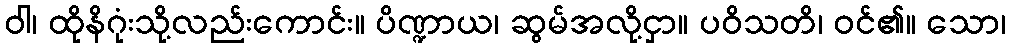
ဝါ၊ ထိုနိဂုံးသို့လည်းကောင်း။ ပိဏ္ဍာယ၊ ဆွမ်အလို့ငှာ။ ပဝိသတိ၊ ဝင်၏။ သော၊